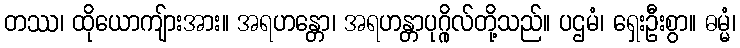
တဿ၊ ထိုယောကျ်ားအား။ အရဟန္တော၊ အရဟန္တာပုဂ္ဂိုလ်တို့သည်။ ပဌမံ၊ ရှေးဦးစွာ။ ဓမ္မံ၊